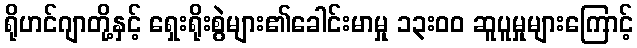
ရိုဟင်ဂျာတို့နှင့် ရှေးရိုးစွဲများ၏ခေါင်းမာမှု ၁၃းဝဝ ဆူပူမှုများကြောင့်